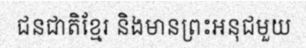
ជនជាតិខ្មែរ និងមានព្រះអនុជមួយ